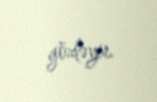
gözləyir.